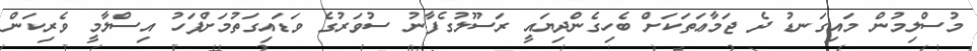
މުސްލިމުން މައިގަނޑު ދެ ޖަމާޢަތަކަށް ބެހިގެންދިޔައީ ރަސޫލުގެފާނު ސުވަރުގެ ވަޑައިގަތުމަށްފަހު އިސްލާމީ ވެރިކަން